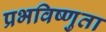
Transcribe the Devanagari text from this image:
प्रभविष्णुता